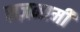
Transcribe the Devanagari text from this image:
सज़नामी